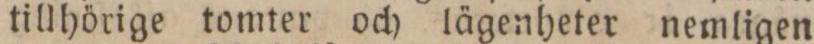
tillhörige tomter och lägenheter nemligen